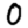
Digit: 0